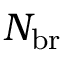
N _ { \mathrm { b r } }